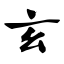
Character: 玄